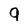
Character: 9